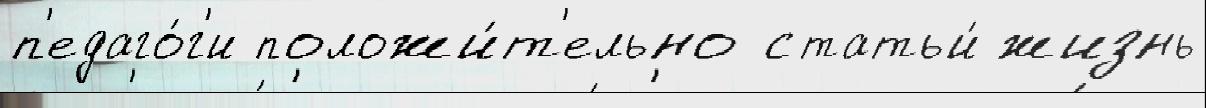
п'едаго́г'и положи́т'ельно статьи́ жизнь